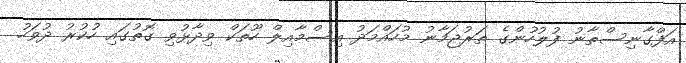
އަފްގާނިސްތާނު ފުލުހުންގެ ތަރުޖަމާނު މުހައްމަދު އިސްމާއިލް ހޫތަކް ވިދާޅުވި ގޮތުގައި ހުކުރު ދުވަހު